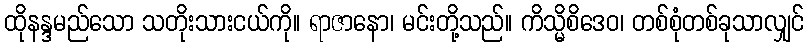
ထိုနန္ဒမည်သော သတိုးသားငယ်ကို။ ရာဇာနော၊ မင်းတို့သည်။ ကိသ္မိစိဒေဝ၊ တစ်စုံတစ်ခုသာလျှင်